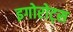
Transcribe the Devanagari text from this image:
इगोरोट्स